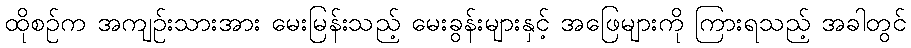
ထိုစဉ်က အကျဉ်းသားအား မေးမြန်းသည့် မေးခွန်းများနှင့် အဖြေများကို ကြားရသည့် အခါတွင်